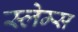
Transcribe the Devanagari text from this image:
स्लेम्स